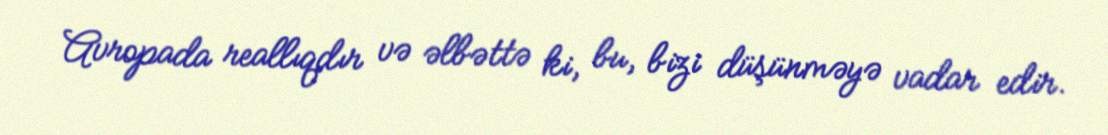
Avropada reallıqdır və əlbəttə ki, bu, bizi düşünməyə vadar edir.